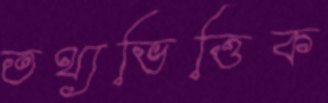
তথ্যভিত্তিক